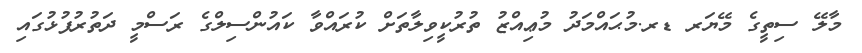
މާލޭ ސިތީގެ މޭޔަރ ޑރ.މުޙައްމަދު މުޢިއްޒު ތުރުކީވިލާތަށް ކުރައްވާ ކައުންސިލްގެ ރަސްމީ ދަތުރުފުޅުގައި